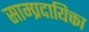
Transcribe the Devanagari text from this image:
साम्प्रदायिक्ता